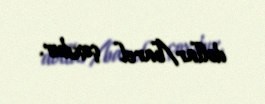
dollar/barel çoxdur.